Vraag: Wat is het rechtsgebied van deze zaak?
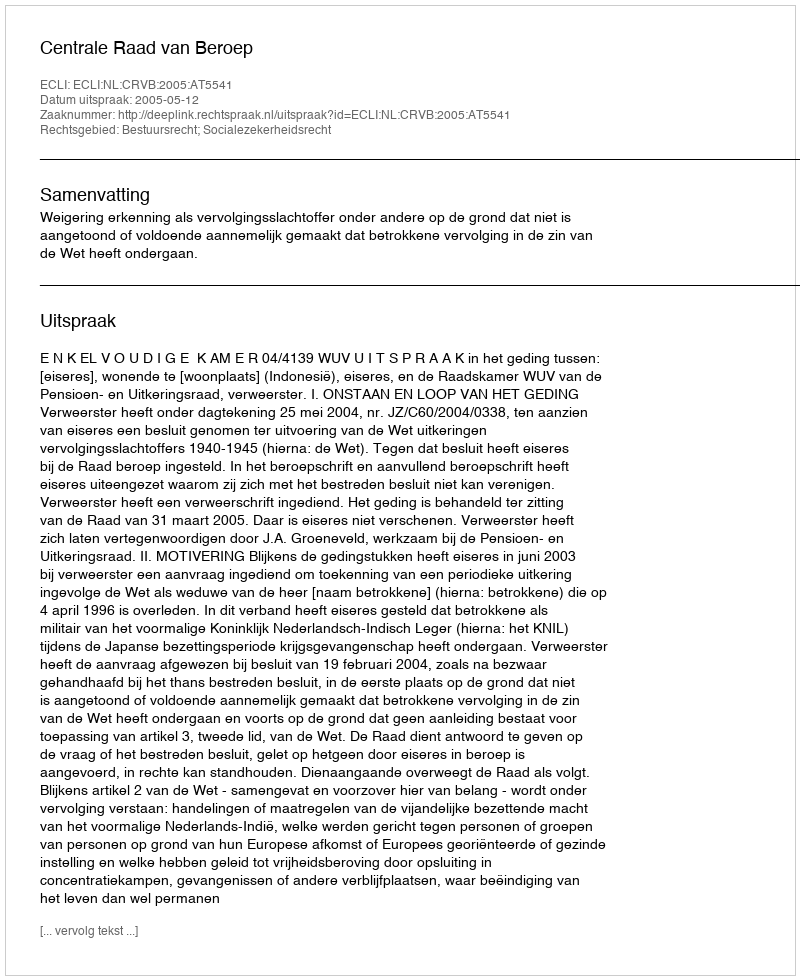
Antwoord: Bestuursrecht; Socialezekerheidsrecht